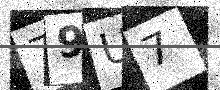
Text: 79U7